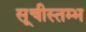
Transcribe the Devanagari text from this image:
सूचीस्तम्भ